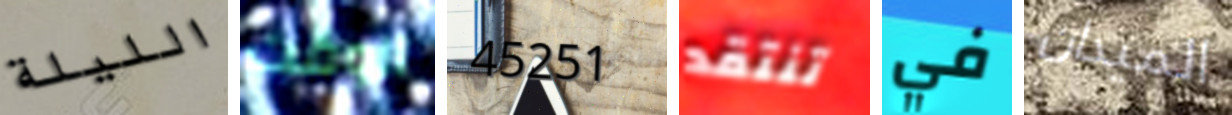
الليلة الوقت 45251 تنتقد في الميدان